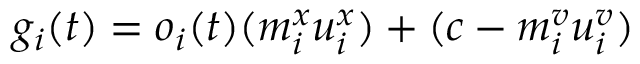
g _ { i } ( t ) = o _ { i } ( t ) ( m _ { i } ^ { x } u _ { i } ^ { x } ) + ( c - m _ { i } ^ { v } u _ { i } ^ { v } )